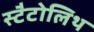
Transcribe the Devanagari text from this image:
स्टैटोलिथ